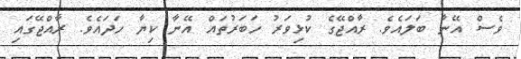
ވެސް އޭނާ ބަލައެވެ. ރާއްޖޭގެ ކުޅިވަރު ހަބަރުތައް އޭނާ ކިޔާ ހަދައެވެ. ރާއްޖޭގައި